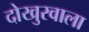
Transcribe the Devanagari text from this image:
दोखुरवाला